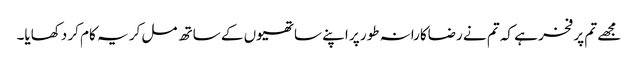
مجھے تم پر فخر ہے کہ تم نے رضاکارانہ طور پر اپنے ساتھیوں کے ساتھ مل کر یہ کام کر دکھایا۔